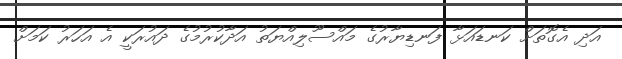
އަދި އެގޮތަށް ކަނޑައަޅާ ފަނޑިޔާރުގެ މައްސޫލިއްޔަތު އަދާކުރުމުގެ ދައުރަކީ އެ އަހަރު ކަމަށް